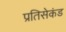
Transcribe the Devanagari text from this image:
प्रतिसेकंड